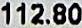
112.80